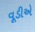
વૂડીએ